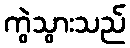
ကွဲသွားသည်